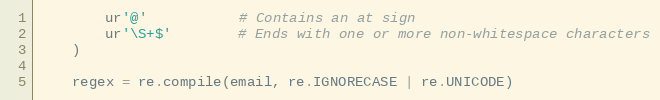
Language: Python
        ur'@'           # Contains an at sign
        ur'\S+$'        # Ends with one or more non-whitespace characters
    )

    regex = re.compile(email, re.IGNORECASE | re.UNICODE)